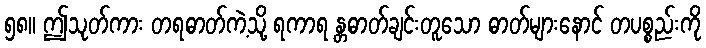
၅၈။ ဤသုတ်ကား တရဓာတ်ကဲ့သို့ ရကာရ န္တဓာတ်ချင်းတူသော ဓာတ်များနောင် တပစ္စည်းကို